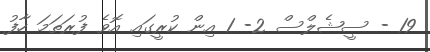
19 - ސީޝެލްސް 2- 1 އިން ކުރީގައި އޮވެ ފުރަތަމަ ހާފު